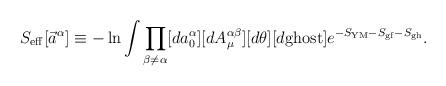
LaTeX: \begin{align*}S_{\rm eff}[ \vec a^\alpha]\equiv -\ln \int\prod_{\beta\neq\alpha}[d a^\alpha_0][dA^{\alpha\beta}_\mu][d\theta][d{\rm ghost}]e^{-S_{\rm YM}-S_{\rm gf}-S_{\rm gh}}.\end{align*}